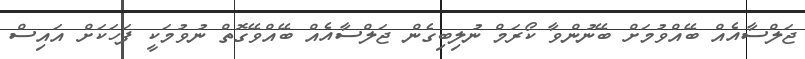
ޖަލްސާއެއް ބޭއްވުމަށް ބޭނުންވާ ކޯރަމް ނުލިބިގެން ޖަލްސާއެއް ބޭއްވޭގޮތް ނުވުމަކީ ފަހަކަށް އައިސް